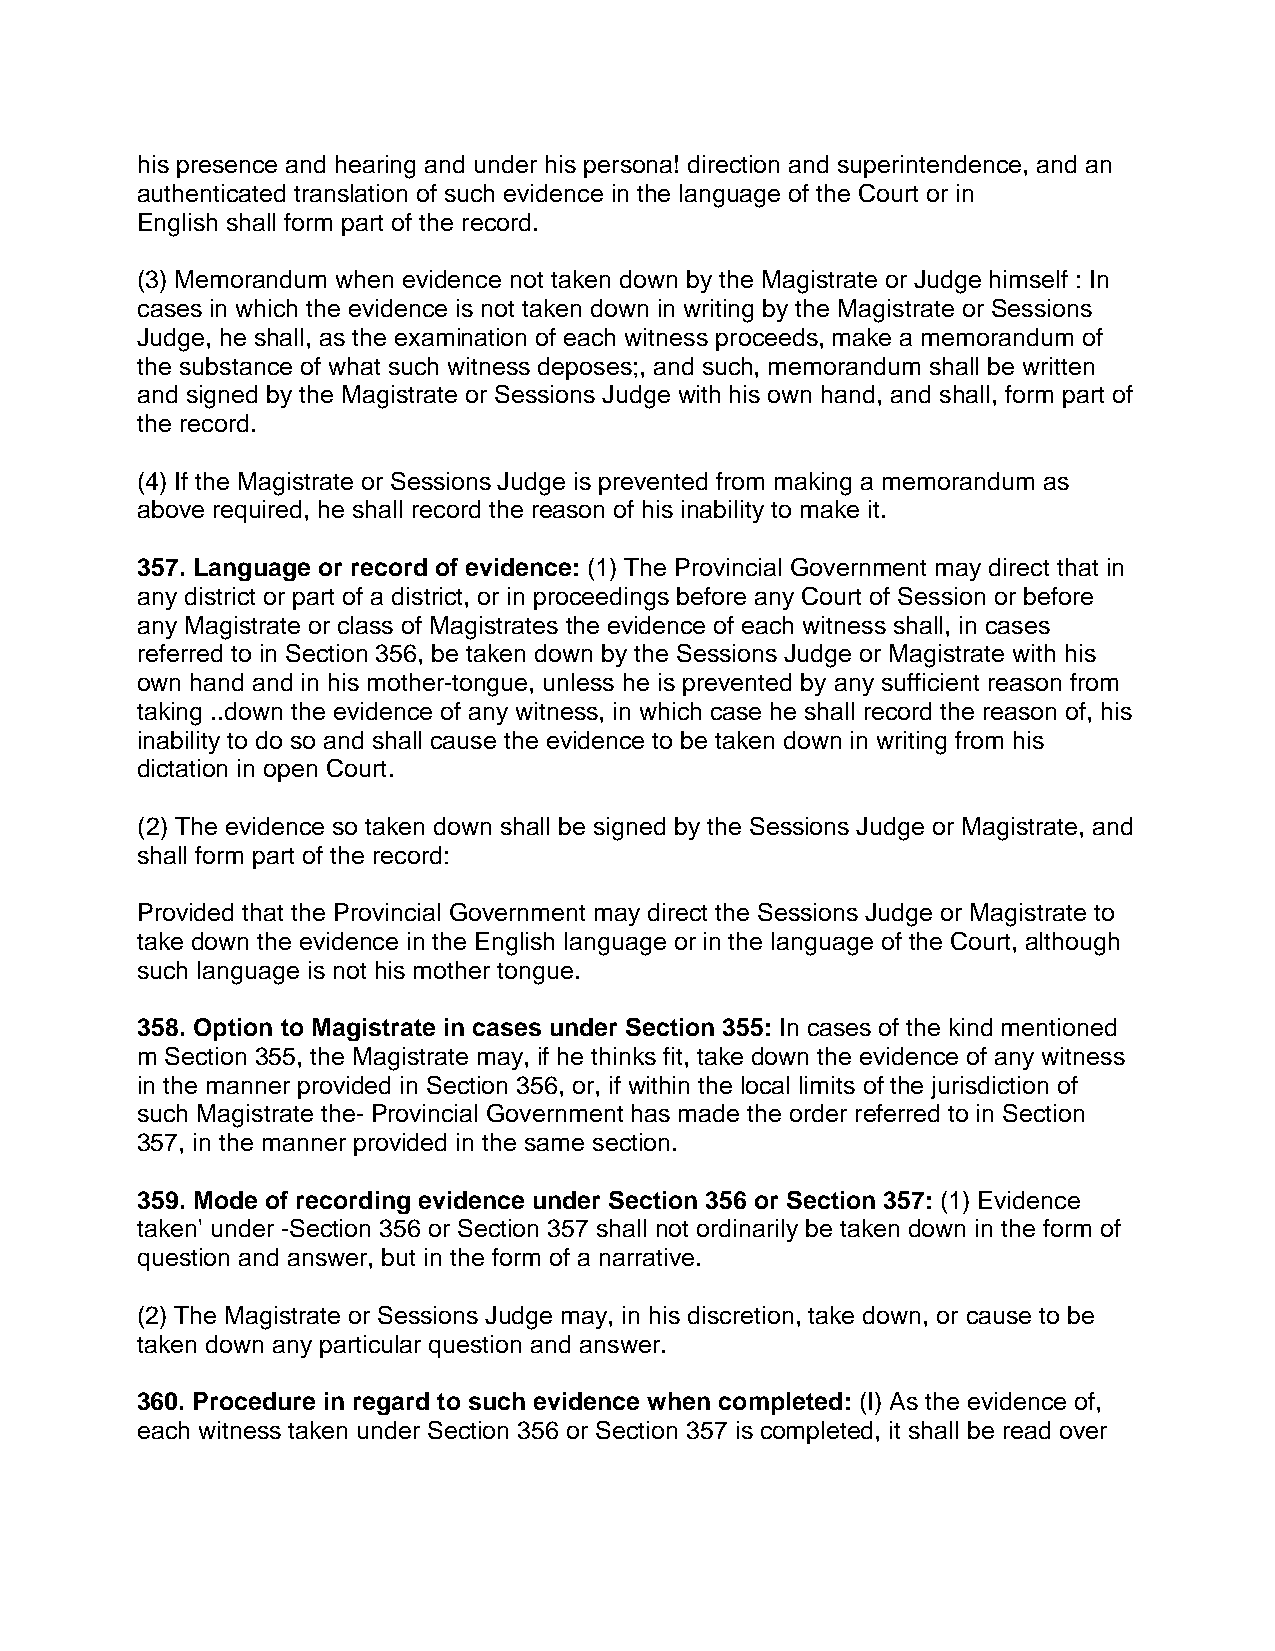
his presence and hearing and under his persona! direction and superintendence, and an
 authenticated translation of such evidence in the language of the Court or in
 English shall form part of the record.
 (3) Memorandum when evidence not taken down by the Magistrate or Judge himself : In
 cases in which the evidence is not taken down in writing by the Magistrate or Sessions
 Judge, he shall, as the examination of each witness proceeds, make a memorandum of
 the substance of what such witness deposes;, and such, memorandum shall be written
 and signed by the Magistrate or Sessions Judge with his own hand, and shall, form part of
 the record.
 (4) If the Magistrate or Sessions Judge is prevented from making a memorandum as
 above required, he shall record the reason of his inability to make it.
 357. Language or record of evidence: (1) The Provincial Government may direct that in
 any district or part of a district, or in proceedings before any Court of Session or before
 any Magistrate or class of Magistrates the evidence of each witness shall, in cases
 referred to in Section 356, be taken down by the Sessions Judge or Magistrate with his
 own hand and in his mother-tongue, unless he is prevented by any sufficient reason from
 taking ..down the evidence of any witness, in which case he shall record the reason of, his
 inability to do so and shall cause the evidence to be taken down in writing from his
 dictation in open Court.
 (2) The evidence so taken down shall be signed by the Sessions Judge or Magistrate, and
 shall form part of the record:
 Provided that the Provincial Government may direct the Sessions Judge or Magistrate to
 take down the evidence in the English language or in the language of the Court, although
 such language is not his mother tongue.
 358. Option to Magistrate in cases under Section 355: In cases of the kind mentioned
 m Section 355, the Magistrate may, if he thinks fit, take down the evidence of any witness
 in the manner provided in Section 356, or, if within the local limits of the jurisdiction of
 such Magistrate the- Provincial Government has made the order referred to in Section
 357, in the manner provided in the same section.
 359. Mode of recording evidence under Section 356 or Section 357: (1) Evidence
 taken' under -Section 356 or Section 357 shall not ordinarily be taken down in the form of
 question and answer, but in the form of a narrative.
 (2) The Magistrate or Sessions Judge may, in his discretion, take down, or cause to be
 taken down any particular question and answer.
 360. Procedure in regard to such evidence when completed: (I) As the evidence of,
 each witness taken under Section 356 or Section 357 is completed, it shall be read over